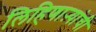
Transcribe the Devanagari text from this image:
लिहिणाऱ्यांची